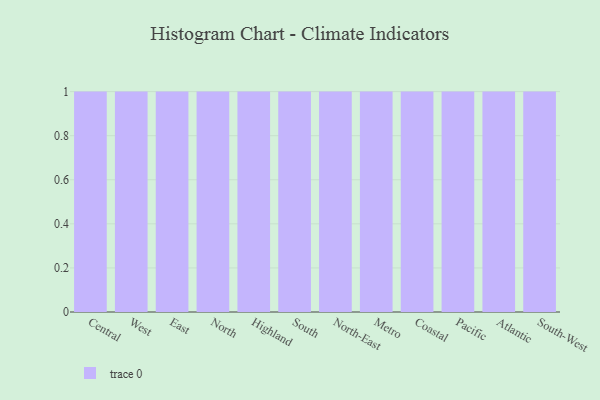
{"axis": {"x": "Region", "y": "Waste Production (Tons)"}, "legend": [""], "data": [{"x": "Central", "y": 32, "type": ""}, {"x": "West", "y": 39, "type": ""}, {"x": "East", "y": 81, "type": ""}, {"x": "North", "y": 73, "type": ""}, {"x": "Highland", "y": 48, "type": ""}, {"x": "South", "y": 2, "type": ""}, {"x": "North-East", "y": 76, "type": ""}, {"x": "Metro", "y": 96, "type": ""}, {"x": "Coastal", "y": 31, "type": ""}, {"x": "Pacific", "y": 68, "type": ""}, {"x": "Atlantic", "y": 96, "type": ""}, {"x": "South-West", "y": 60, "type": ""}]}